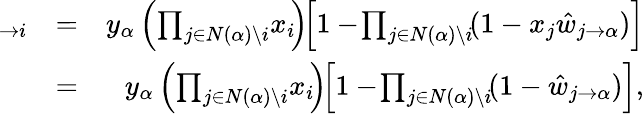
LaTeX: \begin{array}{rlr}{\! \! \! \! \! \! \hat{v}_{\alpha\to i}}&{=}&{y_{\alpha}\left(\prod_{j\in N(\alpha)\setminus i}\! x_{i}\! \right)\! \! \left[1-\! \prod_{j\in N(\alpha)\setminus i}\! (1-x_{j}\hat{w}_{j\rightarrow\alpha})\right]}\\ &{=}&{y_{\alpha}\left(\prod_{j\in N(\alpha)\setminus i}\! x_{i}\! \right)\! \! \left[1-\! \prod_{j\in N(\alpha)\setminus i}\! (1-\hat{w}_{j\rightarrow\alpha})\right],}\end{array}